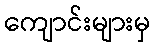
ကျောင်းများမှ